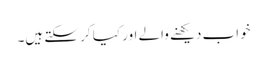
خواب دیکھنے والے اور کیا کر سکتے ہیں۔